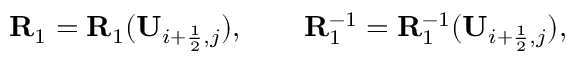
\mathbf { R } _ { 1 } = \mathbf { R } _ { 1 } ( \mathbf { U } _ { i + \frac { 1 } { 2 } , j } ) , \qquad \mathbf { R } _ { 1 } ^ { - 1 } = \mathbf { R } _ { 1 } ^ { - 1 } ( \mathbf { U } _ { i + \frac { 1 } { 2 } , j } ) ,